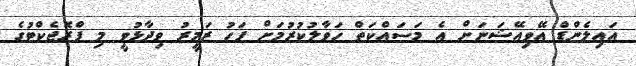
އައިލެންޑް އޭވިއޭޝަނަށް އެ މަސައްކަތް ހަވާލުކުރުމަށް ފަހު ޒަމީރު ވިދާޅުވީ މި ޕްރޮޖެކްޓުގެ